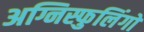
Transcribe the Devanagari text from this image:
अग्निस्फुलिंगों